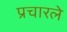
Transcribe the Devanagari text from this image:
प्रचारले